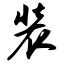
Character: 装